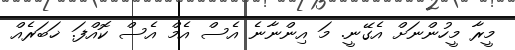
މީރާ މީހުންނަށް އެގޭނީ. މަ އިންނާނެ އެސް އެމް އެސް ކޮއްފަ. ޚަބަރެއް